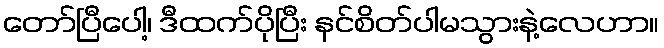
တော်ပြီပေါ့၊ ဒီထက်ပိုပြီး နင်စိတ်ပါမသွားနဲ့လေဟာ။